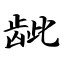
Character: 龇